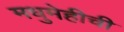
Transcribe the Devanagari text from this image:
मधुमेहीची